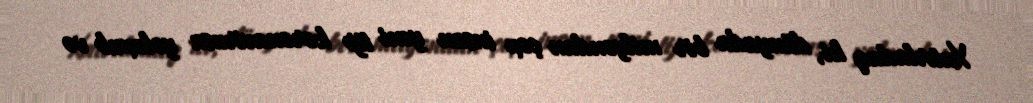
Xatırladaq ki, dünyada bir milyondan çox insan yeni tip koronavirusa yoluxub və